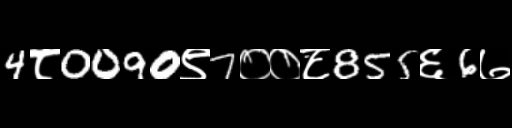
Text: 4८0090९7००८855६6७